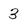
Character: 3